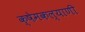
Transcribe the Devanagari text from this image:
क्षेमकल्याणी